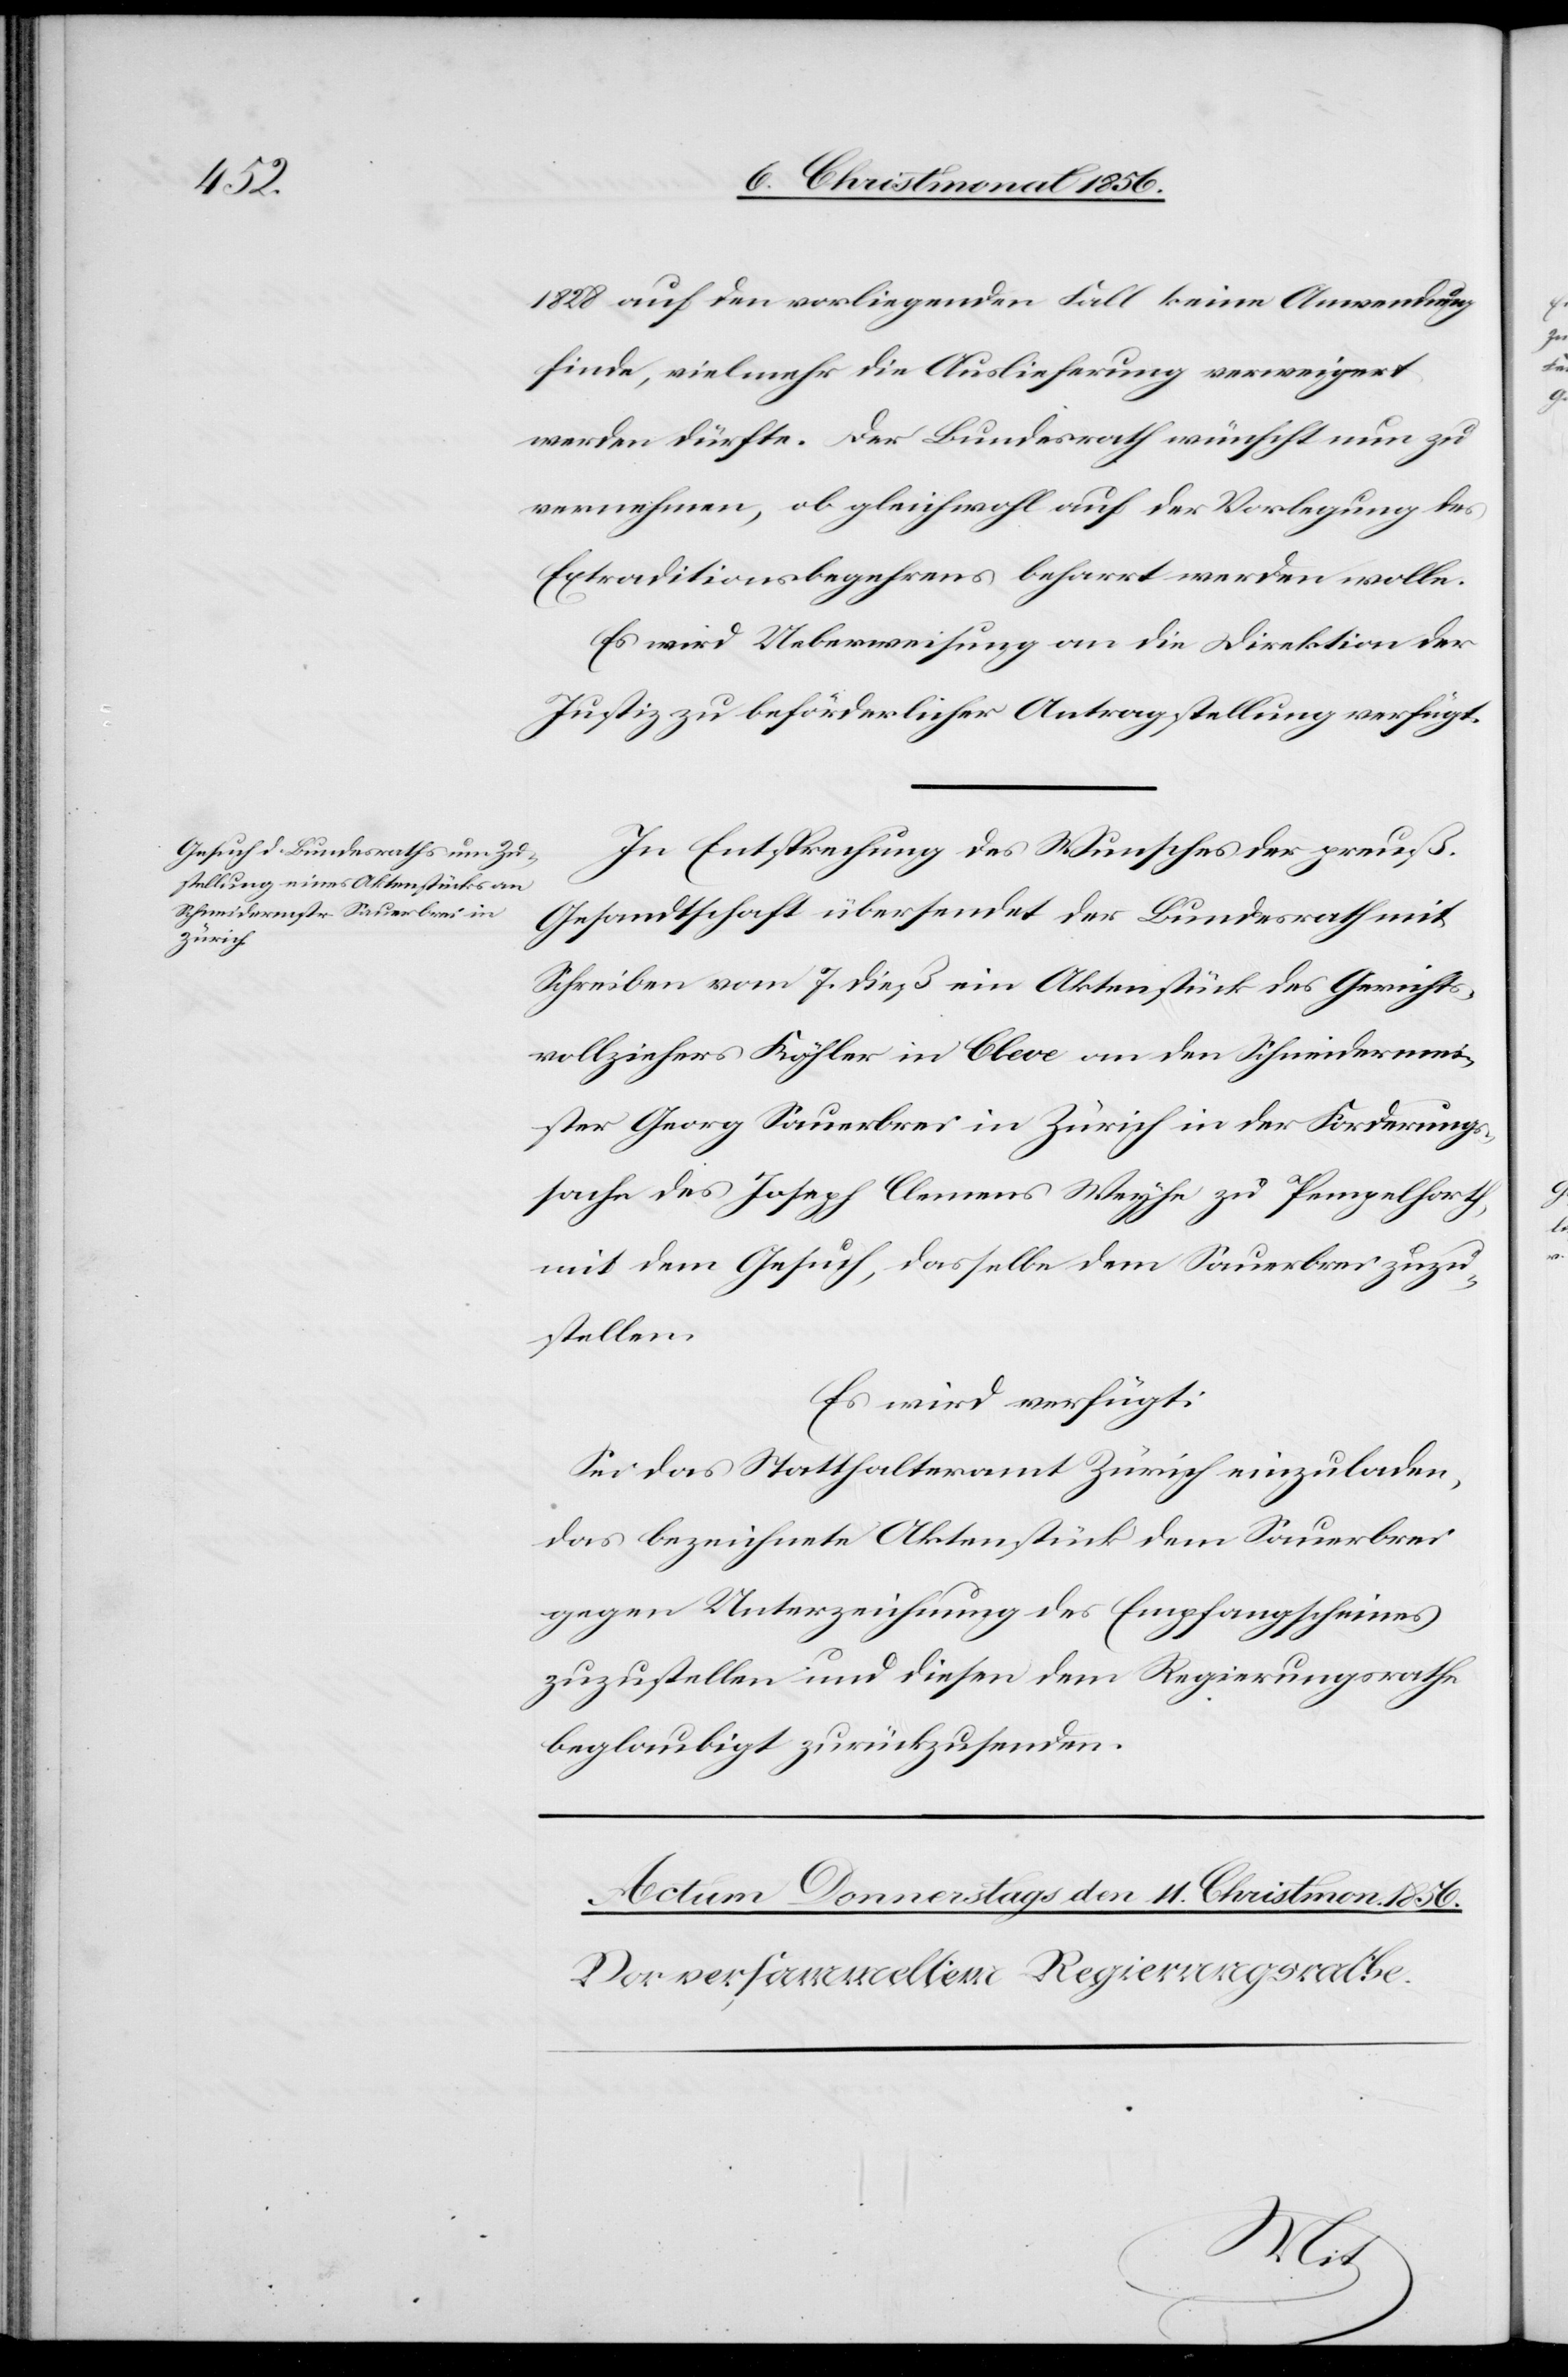
10. Christmonat 1856.]
1828 auf den vorliegenden Fall keine Anwendung
finde, vielmehr die Auslieferung verweigert
werden dürfte. Der Bundesrath wünscht nun zu
vernehmen, ob gleichwohl auf der Vorlegung des
Extraditionsbegehrens beharrt werden wolle.
Es wird Ueberweisung an die Direktion der
Justiz zu beförderlicher Antragstellung verfügt.
In Entsprechung des Wunsches der preuß.
Gesandtschaft übersendet der Bundesrath mit
Schreiben vom 7. dieß ein Aktenstück des Gerichts¬
vollziehers Köhler in Cleve an den Schneidermei¬
ster Georg Sauerbrei in Zürich in der Forderungs¬
sache des Joseph Clemens Weyhe zu Pempelforth,
mit dem Gesuch, dasselbe dem Sauerbrei zuzu¬
stellen.
Es wird verfügt:
Sei das Statthalteramt Zürich einzuladen,
das bezeichnete Aktenstück dem Sauerbrei
gegen Unterzeichnung des Empfangscheines
zuzustellen und diesen dem Regierungsrathe
beglaubigt zurückzusenden.
den